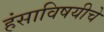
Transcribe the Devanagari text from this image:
हंसाविषयीचे